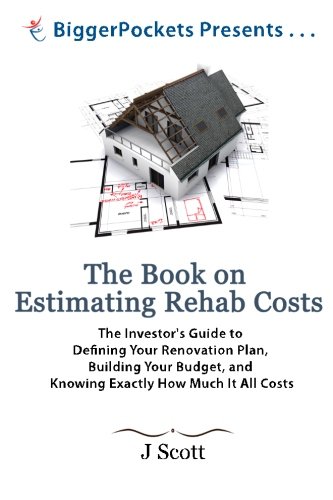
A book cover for The Book on Estimating Rehab Costs: The Investor's Guide to Defining Your Renovation Plan, Building Your Budget, and Knowing Exactly How Much It All Costs (BiggerPockets Presents...); Mr. J Scott; Business & Money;